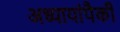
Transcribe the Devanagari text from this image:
अध्यायांपैकी